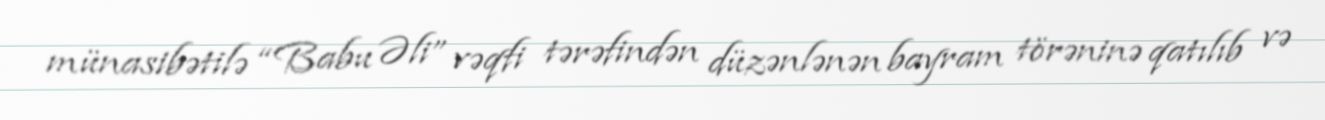
münasibətilə “Babu Əli” vəqfi tərəfindən düzənlənən bayram törəninə qatılıb və